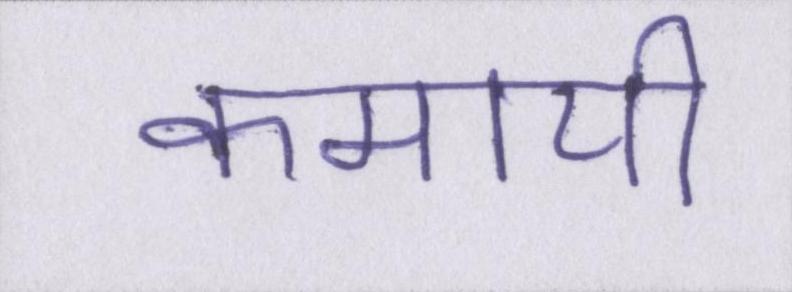
कमायी